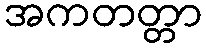
အကတတ္တာ